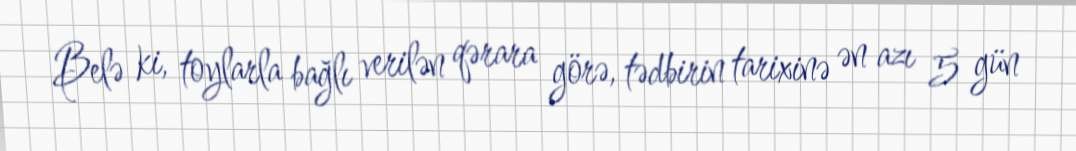
Belə ki, toylarla bağlı verilən qərara görə, tədbirin tarixinə ən azı 5 gün